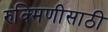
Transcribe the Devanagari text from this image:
रुक्मिणीसाठी